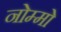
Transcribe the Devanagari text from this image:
नोम्मो